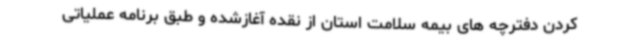
کردن دفترچه های بیمه سلامت استان از نقده آغازشده و طبق برنامه عملیاتی